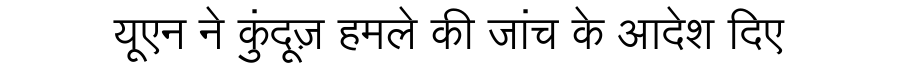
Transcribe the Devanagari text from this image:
यूएन ने कुंदूज़ हमले की जांच के आदेश दिए